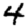
Digit: 4